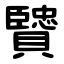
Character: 贒